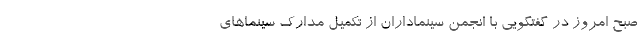
صبح امروز در گفتگویی با انجمن سینماداران از تکمیل مدارک سینماهای